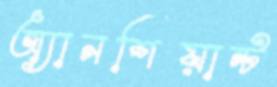
অ্যানশিয়ান্ট